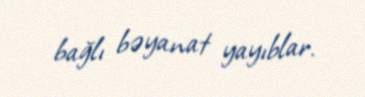
bağlı bəyanat yayıblar.